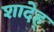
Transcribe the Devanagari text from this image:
शादेह्